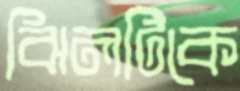
ঝিলটিকে